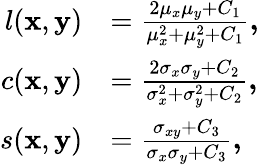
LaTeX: \begin{array}{rl}{l(\textbf{x},\textbf{y})}&{=\frac{2\mu_{x}\mu_{y}+C_{1}}{\mu_{x}^{2}+\mu_{y}^{2}+C_{1}}\textbf{,}}\\ {c(\textbf{x},\textbf{y})}&{=\frac{2\sigma_{x}\sigma_{y}+C_{2}}{\sigma_{x}^{2}+\sigma_{y}^{2}+C_{2}}\textbf{,}}\\ {s(\textbf{x},\textbf{y})}&{=\frac{\sigma_{xy}+C_{3}}{\sigma_{x}\sigma_{y}+C_{3}}\textbf{,}}\end{array}